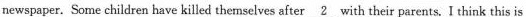
newspaper. Some children have killed themselves after\underline{2}with their parents. I think this is